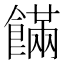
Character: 𩞘